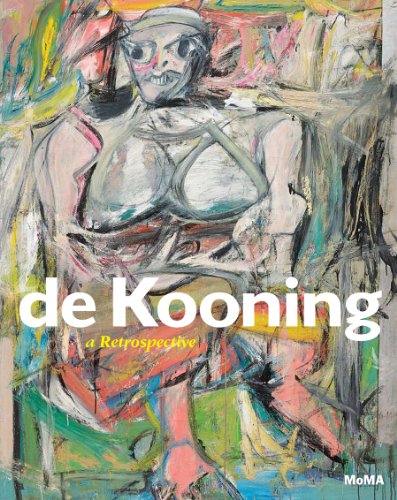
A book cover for De Kooning: A Retrospective; John Elderfield; Arts & Photography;